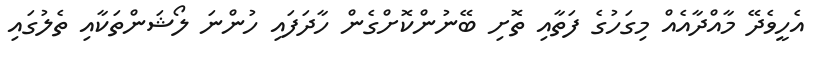
އެހީވެދޭ މާއްދާއެއް މިގަހުގެ ފަތާއި ތޮށި ބޭނުންކޮށްގެން ހާދަފައި ހުންނަ ލޯޝަންތަކާއި ތެލުގައި